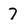
Character: 7